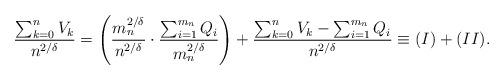
LaTeX: \begin{align*}\frac{\sum_{k=0}^n V_k}{n^{2/\delta}}= \left( \frac{m_n^{2/\delta}}{n^{2/\delta}} \cdot \frac{\sum_{i=1}^{m_n} Q_i}{m_n^{2/\delta}} \right) + \frac{\sum_{k=0}^n V_k - \sum_{i=1}^{m_n} Q_i}{n^{2/\delta}}\equiv (I) + (II).\end{align*}